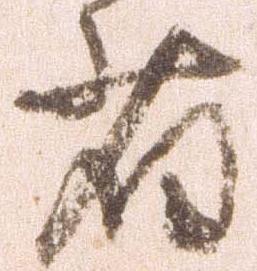
省